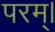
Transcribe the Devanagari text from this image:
परम्‌।